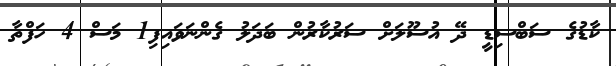
ކާޑުގެ ސަބްސިޑީ ދޭ އުސޫލަށް ސަރުކާރުން ބަދަލު ގެންނަވައިފި1 މަސް 4 ހަފްތާ